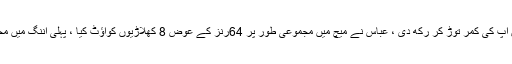
پاکستان کی جانب سے تباہ کن باؤلنگ کی گئی، محمد عباس نے لارڈز کے تاریخی میدان پر انگلش بیٹنگ لائن اپ کی کمر توڑ کر رکھ دی ، عباس نے میچ میں مجموعی طور پر 64رنز کے عوض 8 کھلاڑیوں کوآؤٹ کیا ، پہلی اننگ میں محمد عباس نے 23رنز کے عوض چار جبکہ دوسری اننگ میں 41 رنز کے عوض چار کھلاڑیوں کوآؤٹ کیا ۔